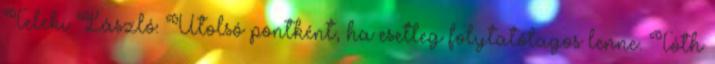
Teleki László: Utolsó pontként, ha esetleg folytatólagos lenne. Tóth